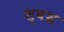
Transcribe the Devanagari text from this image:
श्वभ्र